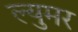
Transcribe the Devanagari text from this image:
ल्युमर